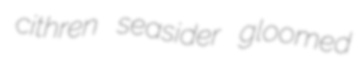
cithren seasider gloomed